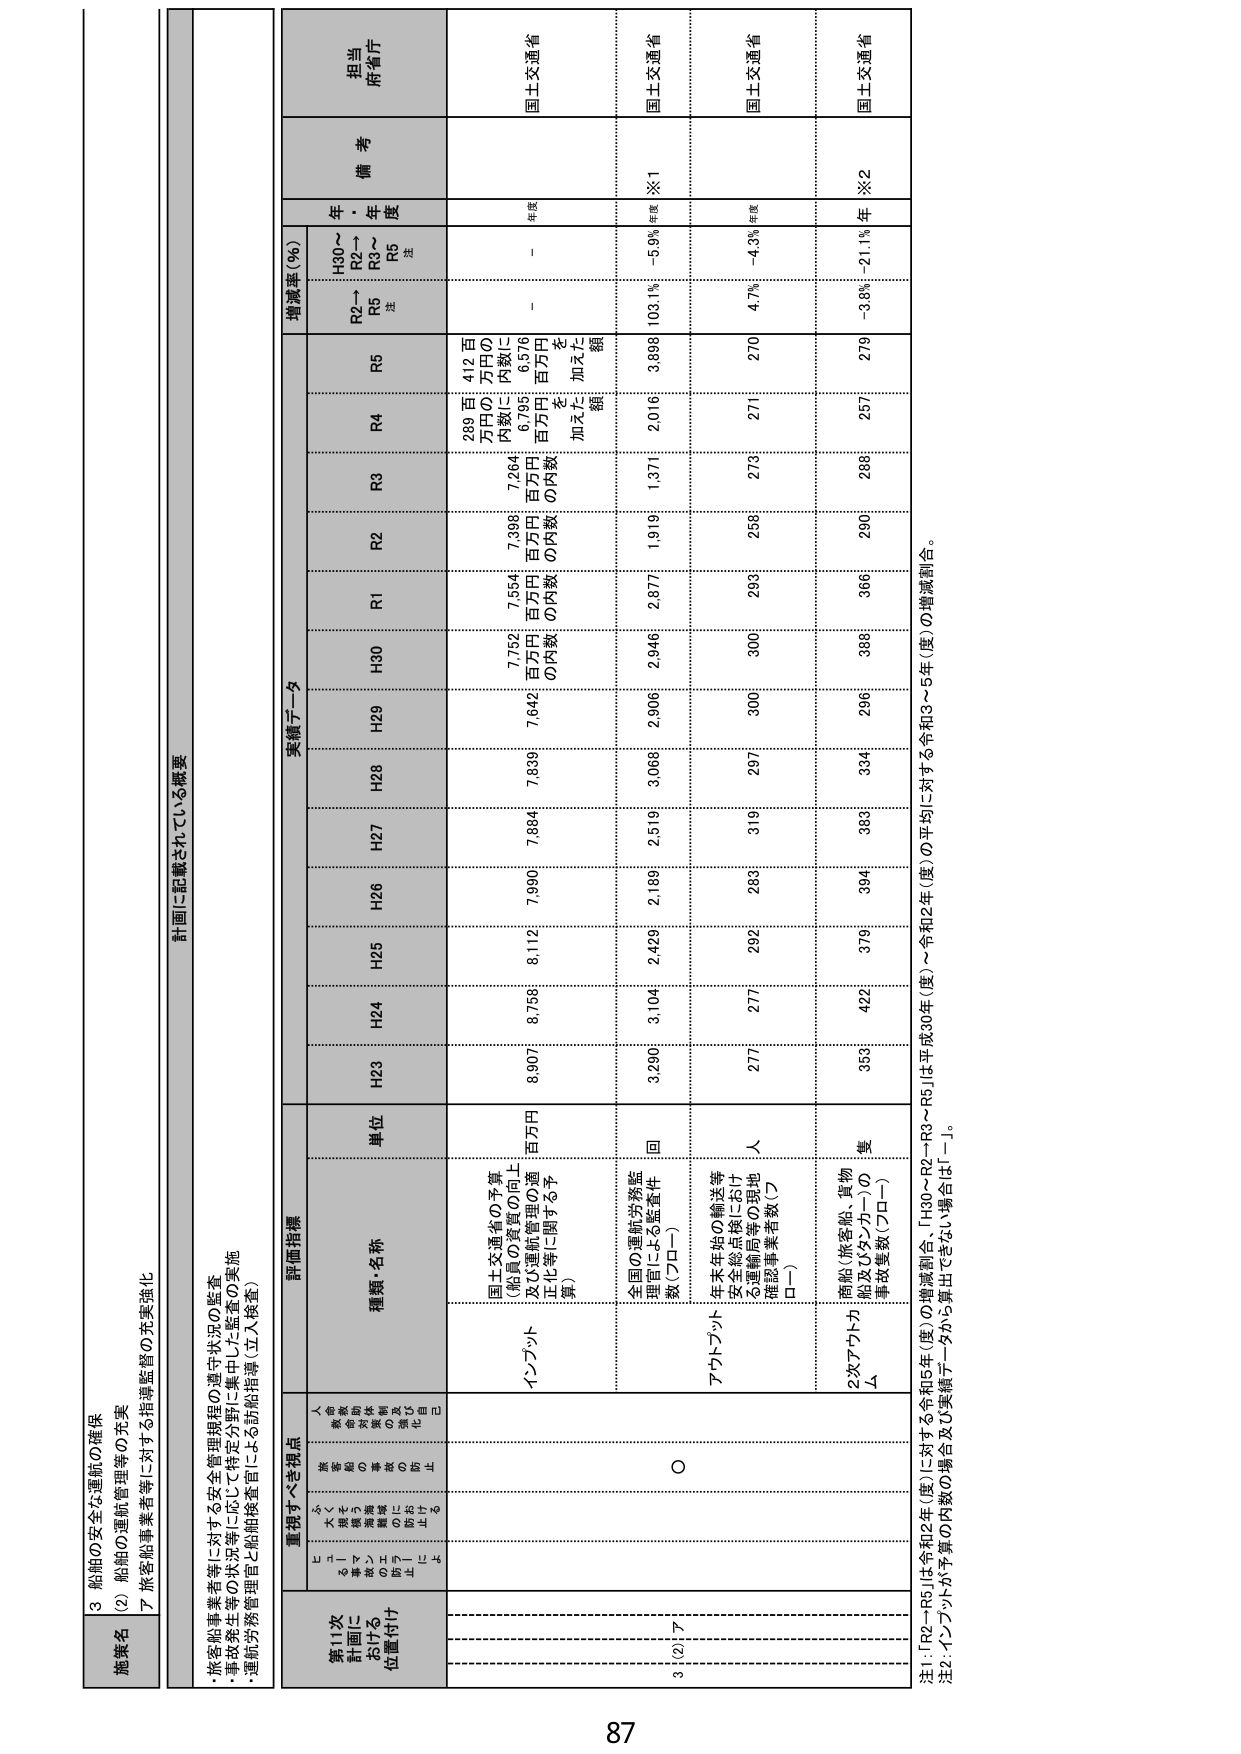
3 船舶の安全な運航の確保
(2) 船舶の運航管理等の充実
ア 旅客船事業者等に対する指導監督の充実強化

施策名
計画に記載されている概要
・旅客船事業者等に対する安全管理規程の遵守状況の監査
・事故発生等の状況等に応じて特定分野に集中した監査の実施
・運航渉務管理と船舶検査官による訪船指導（立入検査）

重視すべき視点
第11次
計画に
おける
位置付け
評価指標
実績データ
増減率（％）
備考
担当
府省庁

人命・環境・財産の保護
安全・安心の確保
国際競争力の強化
自己責任

種類・名称
単位
H30
H29
H28
H27
H26
H25
H24
H23
R1
R2
R3
R4
R5
R6
H30～R2→R3～R6
注
年
度

インフラット
国土交通省の予算
（船員の資質の向上
及び運航管理の適正化等に関する予算）
百万円
8,907
8,758
8,112
7,990
7,884
7,839
7,642
7,752
7,554
7,388
7,264
6,795
6,576
－
－
年度
国土交通省

289 百万円の内数に
412 百万円の内数に
加えた額

全国の運航渉務監理官による監査件数（プロー）
回
3,290
3,104
2,429
2,189
2,519
3,068
2,906
2,946
2,877
1,919
1,371
2,016
3,898
103.1%
－5.9%
年度
※1
国土交通省

アットプリット
年末年始の輸送等
安全総点検に於ける運航局等の現地確認事業者数（プロー）
人
277
277
292
283
319
297
300
300
293
258
273
271
270
4.7%
－4.3%
年度
国土交通省

2次アットプリット
商船（旅客船、貨物船及びタンカー）の事故件数（プロー）
隻
353
422
379
394
383
334
296
386
366
260
286
257
279
－3.8%
－21.1%
年
※2
国土交通省

注1：「R2～R5」は令和2年（度）に対する令和5年（度）の増減割合、「H30～R2→R3～R5」は平成30年（度）～令和2年（度）の平均に対する令和3～5年（度）の増減割合。
注2：インフラットが予算の内数の場合及び実績データから算出できない場合は「－」。

87